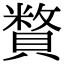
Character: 𧷍